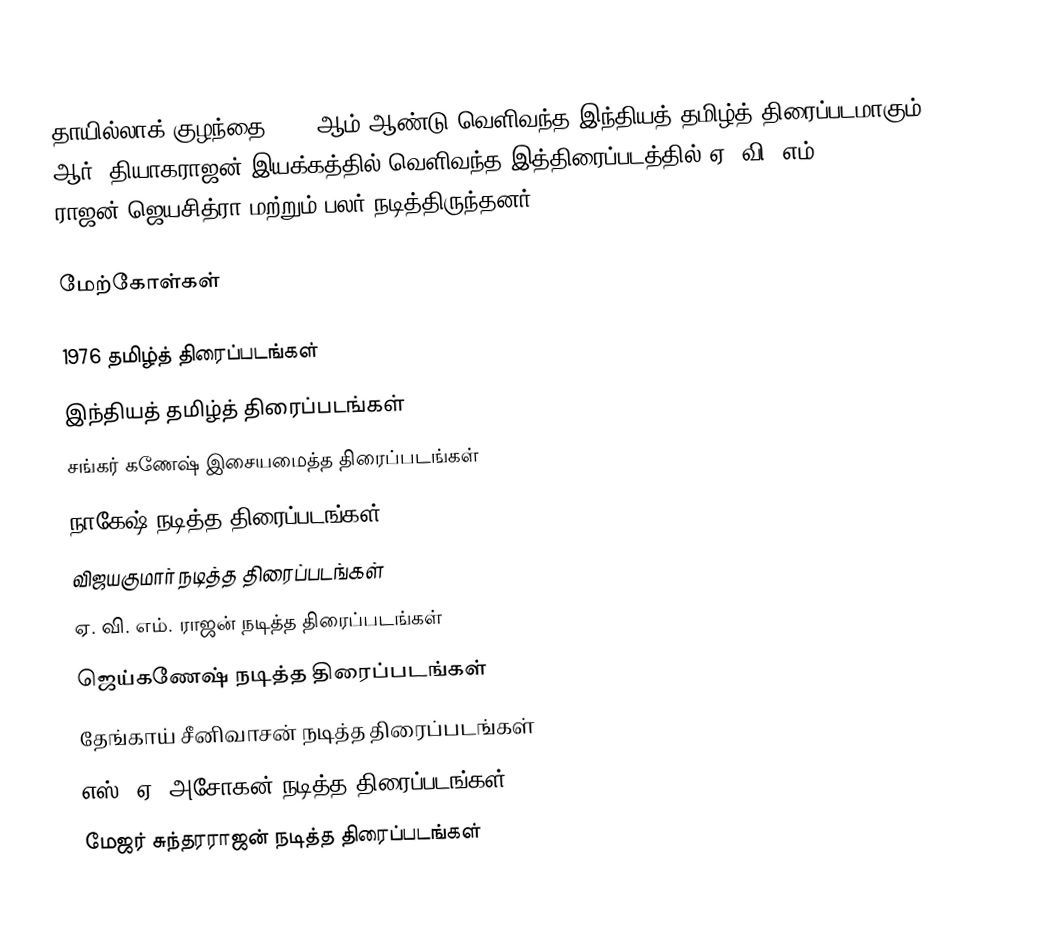
தாயில்லாக் குழந்தை 1976 ஆம் ஆண்டு வெளிவந்த இந்தியத் தமிழ்த் திரைப்படமாகும். ஆர். தியாகராஜன் இயக்கத்தில் வெளிவந்த இத்திரைப்படத்தில் ஏ. வி. எம். ராஜன்,ஜெயசித்ரா மற்றும் பலர் நடித்திருந்தனர்.

மேற்கோள்கள்

1976 தமிழ்த் திரைப்படங்கள்
இந்தியத் தமிழ்த் திரைப்படங்கள்
சங்கர் கணேஷ் இசையமைத்த திரைப்படங்கள்
நாகேஷ் நடித்த திரைப்படங்கள்
விஜயகுமார் நடித்த திரைப்படங்கள்
ஏ. வி. எம். ராஜன் நடித்த திரைப்படங்கள்
ஜெய்கணேஷ் நடித்த திரைப்படங்கள்
தேங்காய் சீனிவாசன் நடித்த திரைப்படங்கள்
எஸ். ஏ. அசோகன் நடித்த திரைப்படங்கள்
மேஜர் சுந்தரராஜன் நடித்த திரைப்படங்கள்